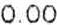
0.00